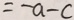
= - a - c